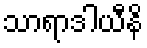
သာရာဒါယီနိ